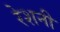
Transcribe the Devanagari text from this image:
रेशनी